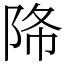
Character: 𨹓